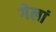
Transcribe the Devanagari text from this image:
गेलां